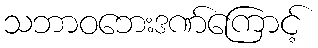
သဘာဝဘေးဒဏ်ကြောင့်